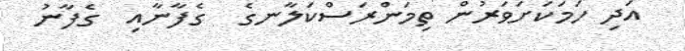
އަދި ހަމަކަށަވަރުން ތިމަންރަސްކަލާނގެ  ގެފާނާއި  ގެފާނު